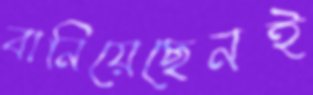
বানিয়েছেনই